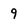
Character: 9